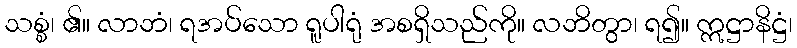
သစ္စံ၊ ၏။ လာဘံ၊ ရအပ်သော ရူပါရုံ အစရှိသည်ကို။ လဘိတွာ၊ ရ၍။ ဣဋ္ဌာနိဋ္ဌံ၊